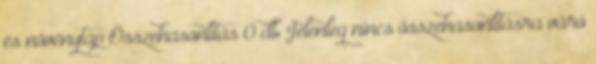
és növénytáp Összehasonlítás 0 db Jelenleg nincs összehasonlításra váró